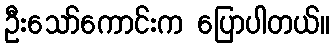
ဦးသော်ကောင်းက ပြောပါတယ်။